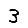
Digit: 3